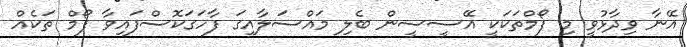
އޭނާ ވިދާޅުވީ މި ފޯމްތަކަކީ އޭސީސީން ބެލި މައްސަލާއިގަ ފާހަގަކޮސްފައިވާ ފޯމް ތަކެއް